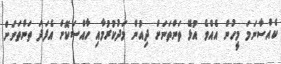
ކެއްސާނަމަ މީހުން އެއްވެ އުޅޭ ތަންތަނަށް ދިއުން މަދުކުރުމާއި ހާއްސަކޮށް އެފަދަ ތަންތަނަށް